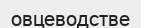
овцеводстве